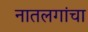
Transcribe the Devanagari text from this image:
नातलगांचा